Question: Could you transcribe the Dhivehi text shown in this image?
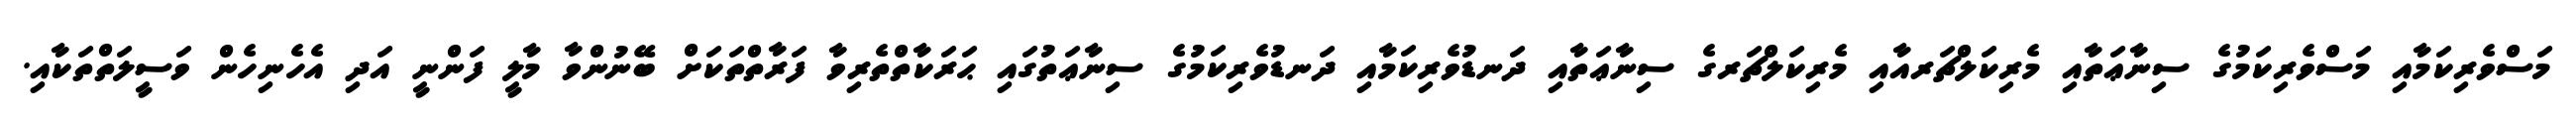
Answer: މަސްވެރިކަމާއި މަސްވެރިކަމުގެ ސިނާޢަތާއި މެރިކަލްޗަރއާއި މެރިކަލްޗަރގެ ސިނާޢަތާއި ދަނޑުވެރިކަމާއި ދަނޑުވެރިކަމުގެ ސިނާޢަތުގައި ޙަރަކާތްތެރިވާ ފަރާތްތަކަށް ބޭނުންވާ މާލީ ފަންނީ އަދި އެހެނިހެން ވަސީލަތްތަކާއި.